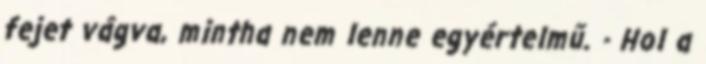
fejet vágva, mintha nem lenne egyértelmű. - Hol a